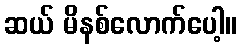
ဆယ် မိနစ်လောက်ပေါ့။